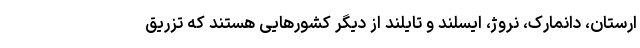
ارستان، دانمارک، نروژ، ایسلند و تایلند از دیگر کشورهایی هستند که تزریق